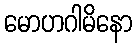
မောဟဂါမိနော